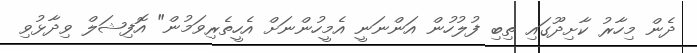
ދެން މިހާރު ކާށިދޫގައި ތިބި ފުލުހުން އަންނަނީ އެމީހުންނަށް އެހީތެރިވަމުން" އޮފިޝަލް ވިދާޅުވި